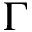
\Gamma